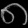
Digit: ၈